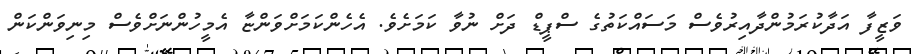
ވަޒީފާ އަދާކުރަމުންދާއިރުވެސް މަސައްކަތުގެ ސްޕީޑް ދަށް ނުވާ ކަމަށެވެ. އެހެންކަމަށްވަންޏާ އެމީހުންނަށްވެސް މިނިވަންކަން